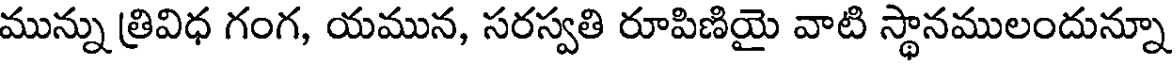
మున్ను త్రివిధ గంగ, యమున, సరస్వతి రూపిణియై వాటి స్థానములందున్నూ